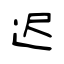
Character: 迟